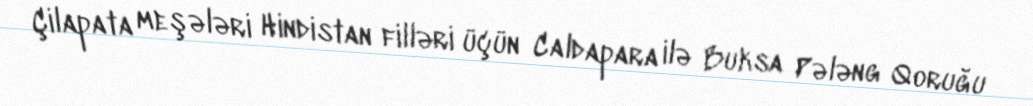
Çilapata meşələri Hindistan filləri üçün Caldapara ilə Buksa Pələng Qoruğu